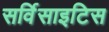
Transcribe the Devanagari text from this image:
सर्विसाइटिस